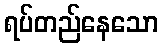
ရပ်တည်နေသော